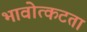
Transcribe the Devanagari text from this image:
भावोत्कटता